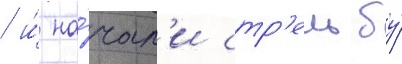
/ и́ на́чал'и стр'ельбу́